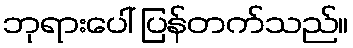
ဘုရားပေါ် ပြန်တက်သည်။